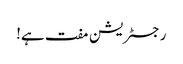
رجسٹریشن مفت ہے!